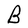
Character: B